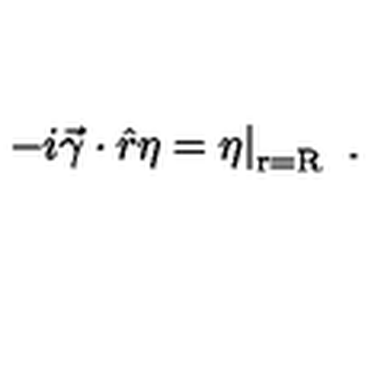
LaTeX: \left. - i \vec { \gamma } \cdot \hat { r } \eta = \eta \right| _ { \mathrm { r = R } } \ .